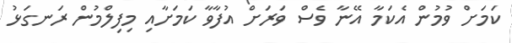
ކަމަށް ވުމުން އެކަމާ އޭނާ ވެސް ވަރަށް އުފާވާ ކަމަށާއި މިފިލްމުން ރަނގަޅު